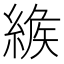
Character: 𦂐